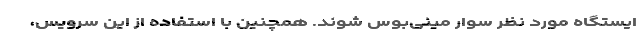
ایستگاه مورد نظر سوار مینی‌بوس شوند. همچنین با استفاده از این سرویس،